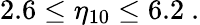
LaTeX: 2.6\le\eta_{10}\le 6.2\ .